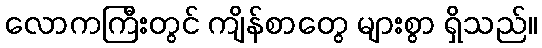
လောကကြီးတွင် ကျိန်စာတွေ များစွာ ရှိသည်။